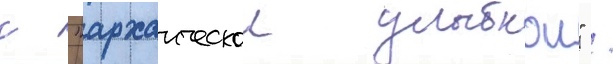
с "архаическои улыбкои" /